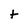
Character: t